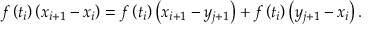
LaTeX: f \left( t _ { i } \right) \left( x _ { i + 1 } - x _ { i } \right) = f \left( t _ { i } \right) \left( x _ { i + 1 } - y _ { j + 1 } \right) + f \left( t _ { i } \right) \left( y _ { j + 1 } - x _ { i } \right) .